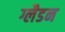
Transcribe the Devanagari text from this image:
ग्लैडन